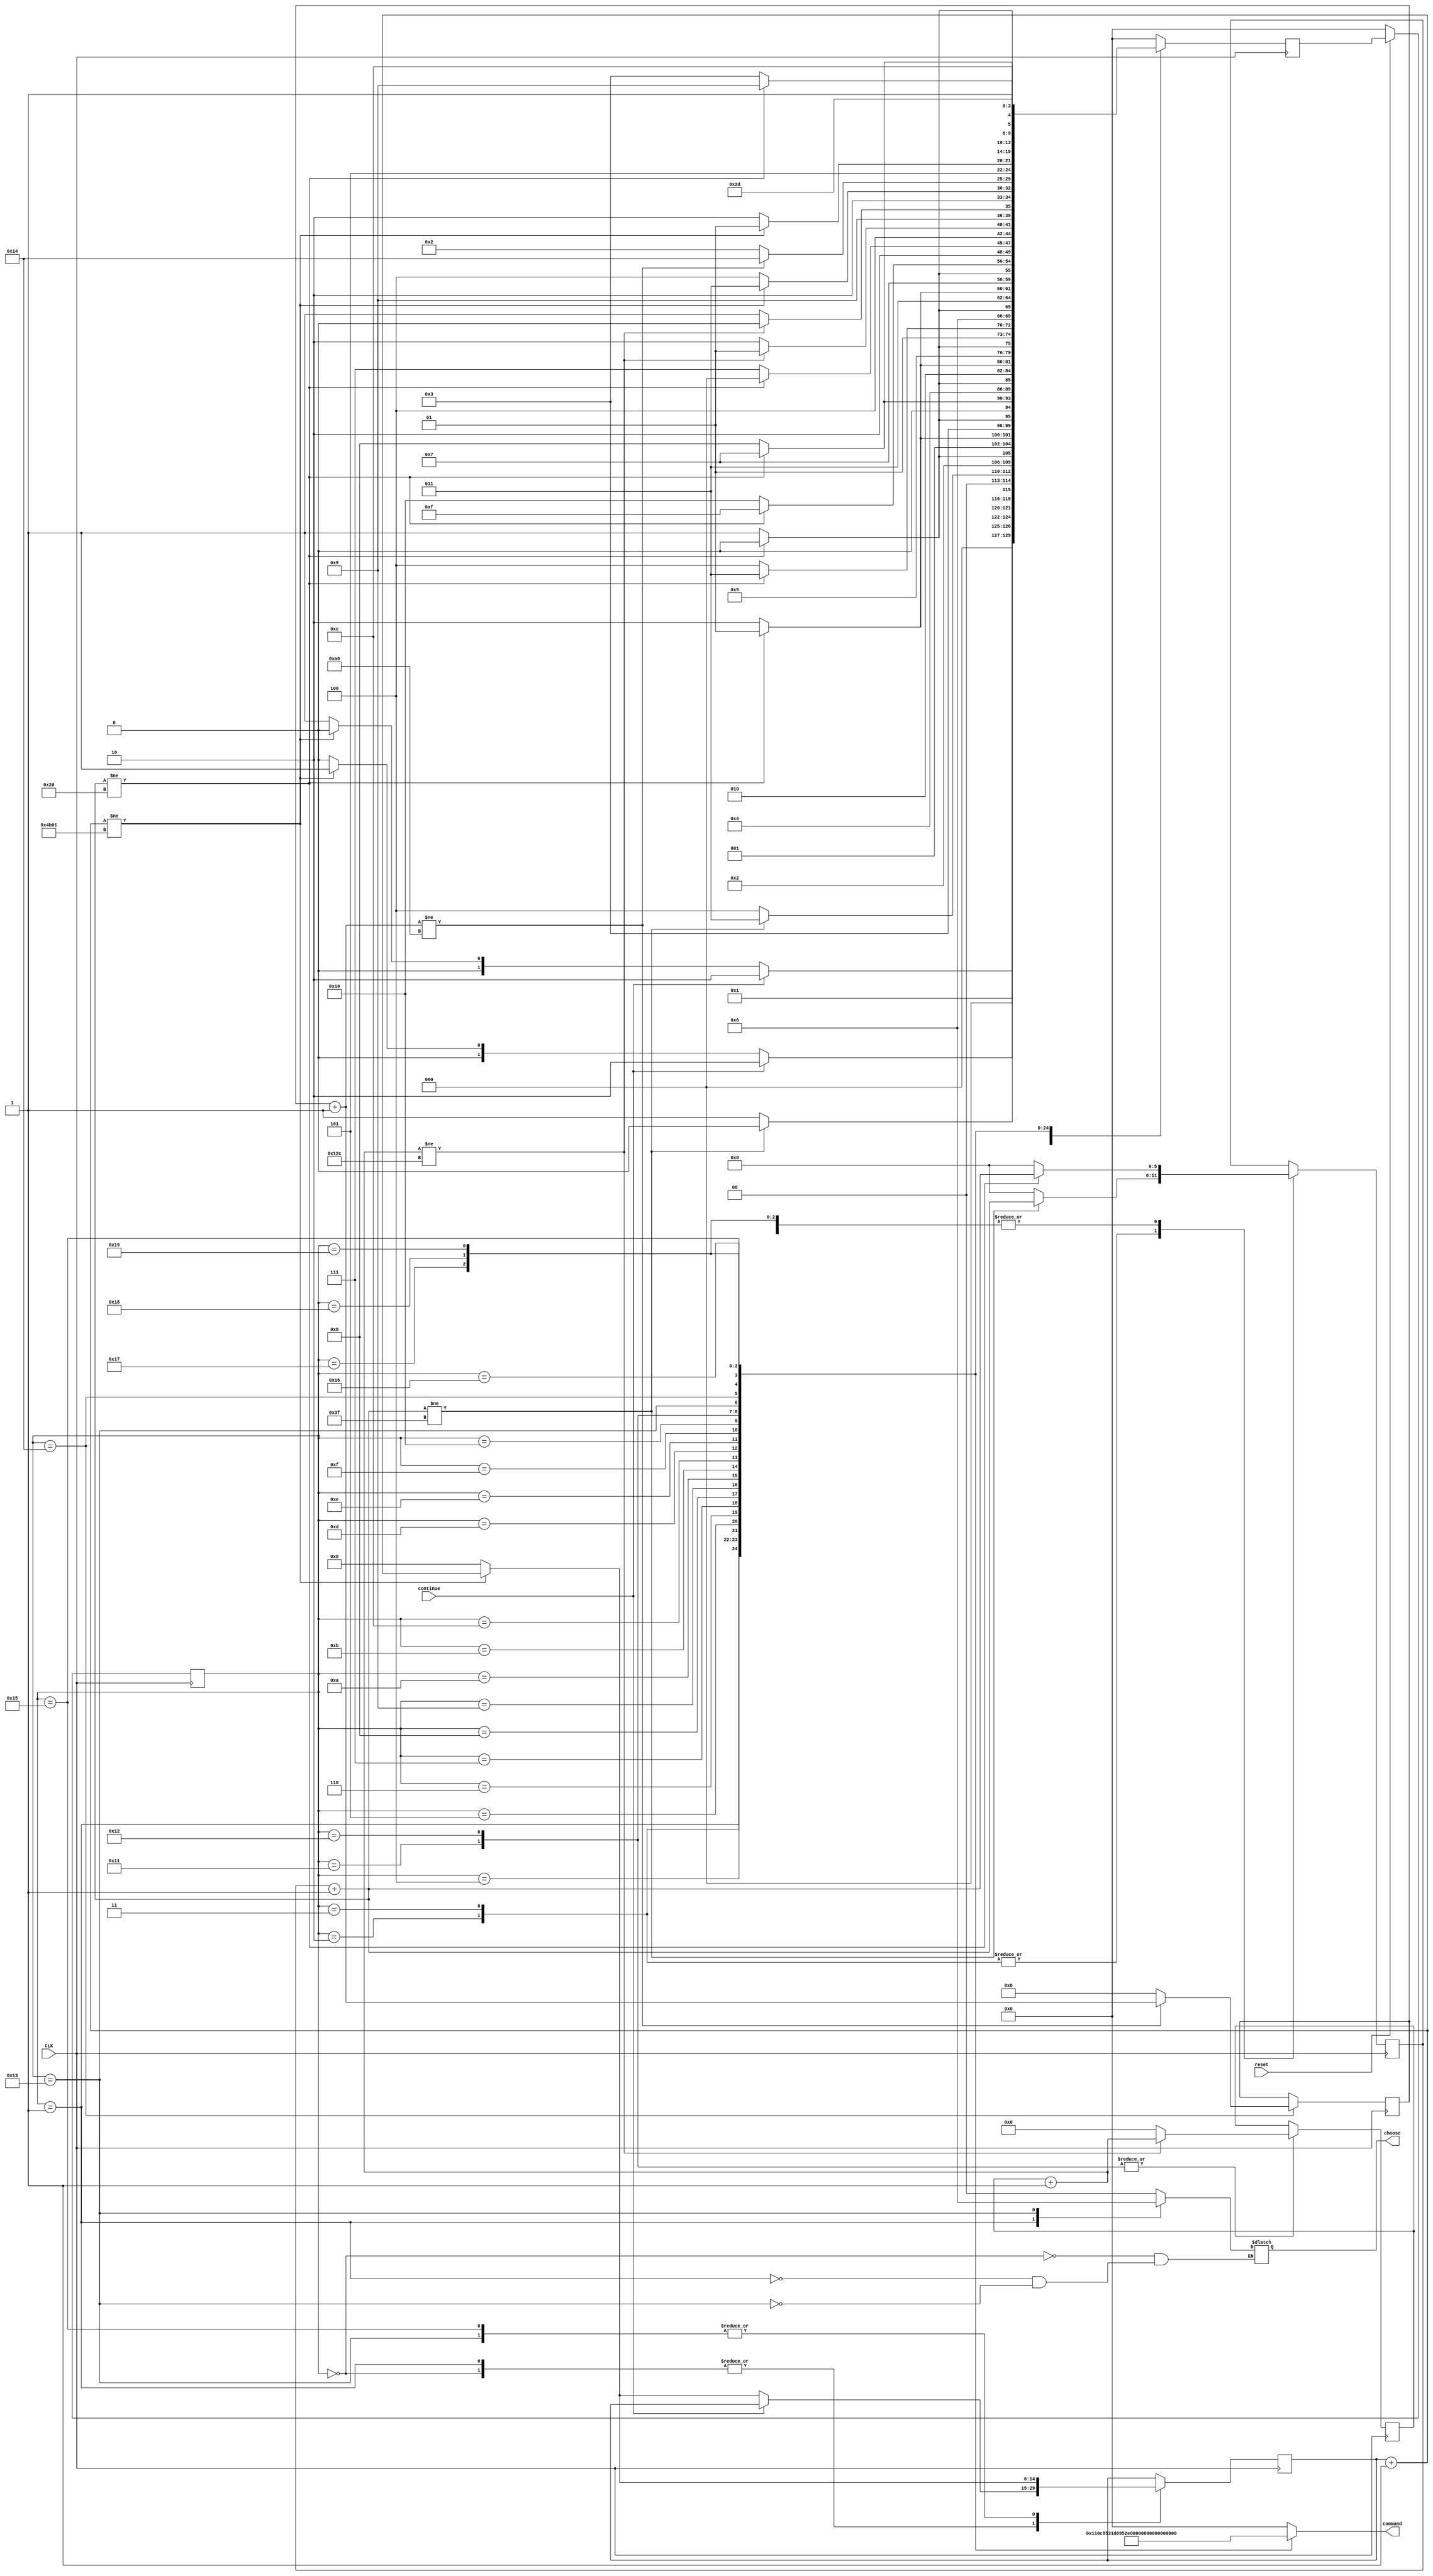


module draw_sequence (reset,command,CLK,choose,continue);

	input CLK;
	input reset;
	input continue;

	output reg [4:0]command;
	output reg [1:0]choose;

	reg [4:0]current;
	reg [4:0]next;
	reg [16:0]counter;
	reg [14:0]back_state_counter; 
	reg [5:0]block_counter; 
	reg [8:0]scoreboard_counter; 
	reg [11:0]play_space_counter; 

	parameter [4:0]starting_back_1=5'b00000,starting_back_2=5'b00001,One=5'b00010,Two=5'b00011,Three=5'b00100,Four=5'b00101,Five=5'b00110,Six=5'b00111,Seven=5'b01000,Eight=5'b01001,Nine=5'b01010,
	Ten=5'b01011,Eleven=5'b01100,Twelve=5'b01101,Thirteen=5'b01110,Fourteen=5'b01111,Fifteen=5'b10000,Score1=5'b10001,Score2=5'b10010,Background=5'b10011,play_clear=5'b10100,VGA_display=5'b10101,Stop=5'b10110, 
	
	fineLine1 = 5'b10111, fineLine2 = 5'b11000, perfectLine = 5'b11001;
                                                                                                                                                                                                                      
	always@(posedge CLK)

	begin

	case(current[4:0])


	starting_back_1:
	begin
		if(continue)
			next=One;
		else 
			begin 
			
					back_state_counter=back_state_counter+1;
		
					if(back_state_counter!=15'b100101100000001)
						next=starting_back_1;
					else
						begin
						back_state_counter=0;
						next=starting_back_2;			
						end
			end			
				
	end
	  

	starting_back_2:
	begin
		if(continue)
			next=One;
		else 
			begin 
			
					back_state_counter=back_state_counter+1;
		
					if(back_state_counter!=15'b100101100000001)
						next=starting_back_2;
					else
						begin
						back_state_counter=0;
						next=starting_back_1;			
						end
			end			
				
	end
	  
	One:
	begin 

	  block_counter=block_counter+1;
	  if(block_counter!=6'b111111)
			next=One;
			
	  else 
		begin
			block_counter=0;
			next=Two;
		end 
	  
	end  

	Two:

	begin 

	  block_counter=block_counter+1;
	  if(block_counter!=6'b111111)
			next=Two;
			
	  else 
		begin
			block_counter=0;
			next=Three;
		end 
	  
	end 

	Three:

	begin 

	  block_counter=block_counter+1;
	  if(block_counter!=6'b100000)
			next=Three;
			
	  else 
		begin
			block_counter=0;
			next=Four;
		end 
	  
	end 

	Four:

	begin 

	  block_counter=block_counter+1;
	  if(block_counter!=6'b100000)
			next=Four;
			
	  else 
		begin
			block_counter=0;
			next=Five;
		end 
	  
	end

	Five:

	begin 

	  block_counter=block_counter+1;
	  if(block_counter!=6'b100000)
			next=Five;
			
	  else 
		begin
			block_counter=0;
			next=Six;
		end 
	  
	end

	Six:

	begin 

	  block_counter=block_counter+1;
	  if(block_counter!=6'b100000)
			next=Six;
			
	  else 
		begin
			block_counter=0;
			next=Seven;
		end 
	  
	end

	Seven:

	begin 

	  block_counter=block_counter+1;
	  if(block_counter!=6'b100000)
			next=Seven;
			
	  else 
		begin
			block_counter=0;
			next=Eight;
		end 
	  
	end

	Eight:

	begin 

	  block_counter=block_counter+1;
	  if(block_counter!=6'b100000)
			next=Eight;
			
	  else 
		begin
			block_counter=0;
			next=Nine;
		end 
	  
	end

	Nine:


	begin 

	  block_counter=block_counter+1;
	  if(block_counter!=6'b100000)
			next=Nine;
			
	  else 
		begin
			block_counter=0;
			next=Ten;
		end 
	  
	end

	Ten:

	begin 

	  block_counter=block_counter+1;
	  if(block_counter!=6'b100000)
			next=Ten;
			
	  else 
		begin
			block_counter=0;
			next=Eleven;
		end 
	  
	end

	Eleven:

	begin 

	  block_counter=block_counter+1;
	  if(block_counter!=6'b100000)
			next=Eleven;
			
	  else 
		begin
			block_counter=0;
			next=Twelve;
		end 
	  
	end


	Twelve:

	begin 

	  block_counter=block_counter+1;
	  if(block_counter!=6'b100000)
			next=Twelve;
			
	  else 
		begin
			block_counter=0;
			next=Thirteen;
		end 
	  
	end


	Thirteen:

	begin 

	  block_counter=block_counter+1;
	  if(block_counter!=6'b100000)
			next=Thirteen;
			
	  else 
		begin
			block_counter=0;
			next=Fourteen;
		end 
	  
	end


	Fourteen:

	begin 

	  block_counter=block_counter+1;
	  if(block_counter!=6'b100000)
			next=Fourteen;
			
	  else 
		begin
			block_counter=0;
			next=Fifteen;
		end 
	  
	end


	Fifteen:

	begin 

	  block_counter=block_counter+1;
	  if(block_counter!=6'b100000)
			next=Fifteen;
			
	  else 
		begin
			block_counter=0;
			next = fineLine1;
		end 
	  
	end


	Score1:

	begin 
		  scoreboard_counter=scoreboard_counter+1;
		  
		  if(scoreboard_counter!=9'b100101100)
			  next=Score1;
		  else 
			  begin
			  scoreboard_counter=0;
			  next=Score2;		  
			  end 
	end


	Score2:

	begin 
		  scoreboard_counter=scoreboard_counter+1;
		  
		  if(scoreboard_counter!=9'b100101100)
			  next=Score2;
		  else 
			  begin
			  scoreboard_counter=0;
			  next=Background;		  
			  end 
	end


	Background:
		begin 
			back_state_counter=back_state_counter+1;
		
			if(back_state_counter!=15'b100101100000001)
				next=Background;
			else
				begin
				back_state_counter=0;
				next=play_clear;			
				end
		end

	play_clear:
	begin
		 
			play_space_counter=play_space_counter+1; 
		  
		  if(play_space_counter!=12'b000010100000)
				next=play_clear;
		  else 
				begin
				play_space_counter=0;
				next=One;
				end 
		 end
		  
	VGA_display:
	begin 
			back_state_counter=back_state_counter+1;
		
			if(back_state_counter!=15'b100101100000001)
				next=VGA_display;
			else
				begin
				back_state_counter=0;
				next=Stop;			
				end
		end

	Stop:
	next=Stop;
	
	fineLine1:
		begin 

		  block_counter=block_counter+1;
		  if(block_counter!=6'b100000)
				next=fineLine1;
				
		  else 
			begin
				block_counter=0;
				next = fineLine2;
			end 
		  
		end
		
	fineLine2:
		begin 

		  block_counter=block_counter+1;
		  if(block_counter!=6'b100000)
				next=fineLine2;
				
		  else 
			begin
				block_counter=0;
				next = perfectLine;
			end 
		  
		end
	perfectLine:
		begin 

		  block_counter=block_counter+1;
		  if(block_counter!=6'b100000)
				next=perfectLine;
				
		  else 
			begin
				block_counter=0;
				next = Background;
			end 
		  
		end

	default:
		begin
			next = starting_back_1;
			counter = 0;
		end

	endcase 

	end 




	always@(*)

	begin: output_logic  

	case(current[4:0])

	starting_back_1:
		begin
			choose=2'b00;
			command=5'b00000;
		end
	starting_back_2:
		begin
			choose=2'b01;
			command=5'b00001;
		end

	One:
	command=5'b00010;

	Two:
	command=5'b00011;

	Three:
	command=5'b00100;

	Four:
	command=5'b00101;

	Five:

	command=5'b00110;

	Six:

	command=5'b00111;

	Seven:
	command=5'b01000;

	Eight:

	command=5'b01001;

	Nine:
	command=5'b01010;

	Ten:
	command=5'b01011;

	Eleven:
	command=5'b01100;

	Twelve:
	command=5'b01101;

	Thirteen:
	command=5'b01110;

	Fourteen:
	command=5'b01111;

	Fifteen:
	command=5'b10000;

	Score1:

	command=5'b10001;

	Score2:

	command=5'b10010;

	Background:
		begin
			choose=2'b10;
			command=5'b10011;
		end
	play_clear:

	command=5'b10100;

	VGA_display:
	command=5'b10101;

	Stop:
	command=5'b10110;
	
	fineLine1:
		command=5'b10111;	
	
	fineLine2:
		command=5'b11000;
	
	perfectLine:
		command=5'b11001;
	


	default:
		begin
			command=0;
		end
		
	endcase 

	end 



	always@(posedge CLK)
	begin: state_FFs

	if(!reset)
	current=starting_back_1;
	else
	current=next;

	end

endmodule